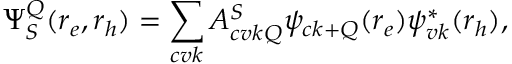
\Psi _ { S } ^ { \boldsymbol { Q } } ( \boldsymbol { r } _ { e } , \boldsymbol { r } _ { h } ) = \sum _ { c v \boldsymbol { k } } A _ { c v \boldsymbol { k } \boldsymbol { Q } } ^ { S } \psi _ { c \boldsymbol { k } + \boldsymbol { Q } } ( \boldsymbol { r } _ { e } ) \psi _ { v \boldsymbol { k } } ^ { * } ( \boldsymbol { r } _ { h } ) ,